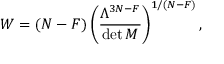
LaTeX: W = ( N - F ) \left( { \frac { \Lambda ^ { 3 N - F } } { \operatorname * { d e t } M } } \right) ^ { 1 / ( N - F ) } ,